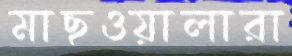
মাছওয়ালারা